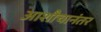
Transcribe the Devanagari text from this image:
आशौचानंतर